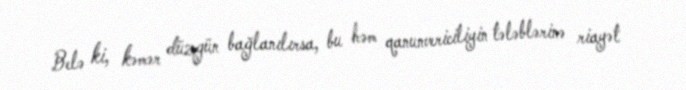
Belə ki, kəmər düzgün bağlanılırsa, bu həm qanunvericiliyin tələblərinə riayət